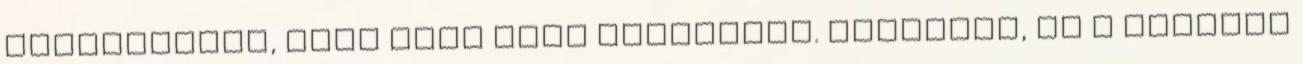
spoilerezni, vagy akár csak utalgatni. Bocsánat, de a többség